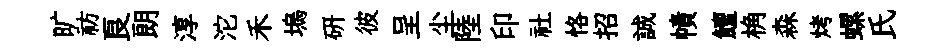
旷祊良朗淳沱禾塢研彼呈尘陸印社恪招誠幘鱣桷森烤螺氏